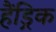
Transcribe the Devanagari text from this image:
हैंड्रिक